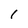
Character: 1